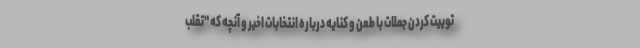
توییت کردن جملات با طعن و کنایه درباره انتخابات اخیر و آنچه که "تقلب